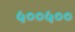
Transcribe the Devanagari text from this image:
५००५००